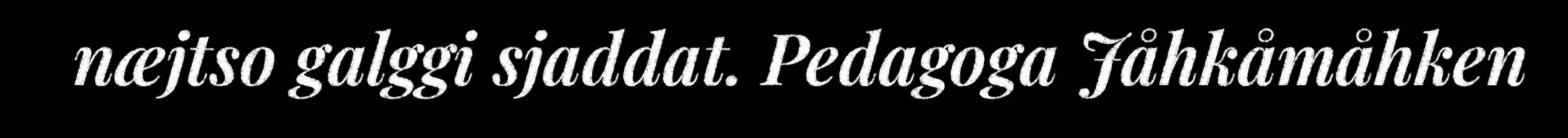
næjtso galggi sjaddat. Pedagoga Jåhkåmåhken